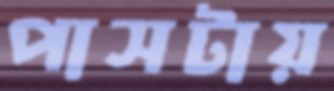
পাসটায়